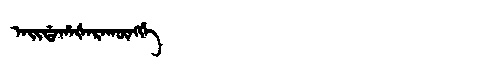
Manchu: ᠠᡳᡩᠠᡥᠠᡧᠠᡵᠠᡴᡡᠩᡤᡝ
Romanization: AIDAHAŠARAKŪNGGE